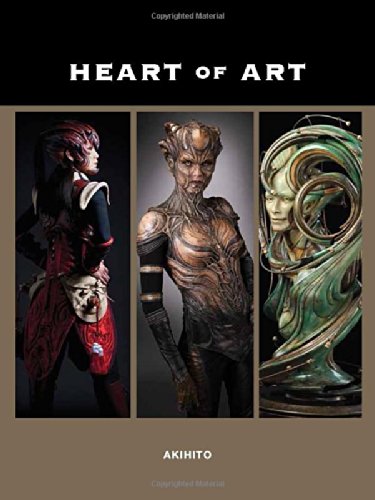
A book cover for Heart of Art: A Glimpse into the Wondrous World of Special Effects Makeup and Fine Art of Akihito; Akihito Ikeda; Arts & Photography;